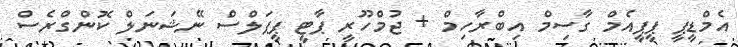
އެމްޑީޕީ ޕީޕީއެމް ގާސިމް އިބްރާހިމް + ޖުމްހޫރީ ޕާޓީ ޕީޕަލްސް ނޭޝަނަލް ކޮންގްރެސް